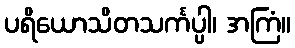
ပရိယောသိတသင်္ကပ္ပါ၊ အကြံ။